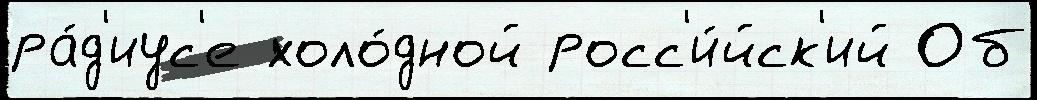
ра́д'иус'е холо́дной росс'и́йск'ий Об